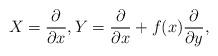
LaTeX: \begin{align*}X=\frac{\partial}{\partial x},Y=\frac{\partial}{\partial x}+f(x)\frac{\partial}{\partial y},\end{align*}